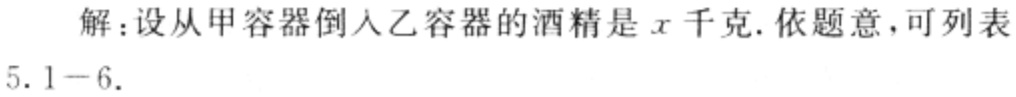
解：设从甲容器倒入乙容器的酒精是\(x\)千克. 依题意，可列表
5.1 - 6.